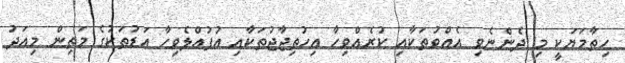
ހިތާމަޔަކީ މި ދެންނެވި އެއްވުތަކާއި ކުރެއްވިހާ އިހުތިޖާޖުތަކާއި އުފުއްލެވިހާ އަޑުތަކުގެ މަތިން މިއަދު